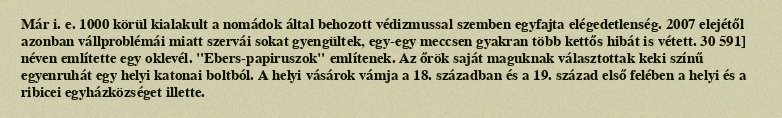
Már i. e. 1000 körül kialakult a nomádok által behozott védizmussal szemben egyfajta elégedetlenség. 2007 elejétől azonban vállproblémái miatt szervái sokat gyengültek, egy-egy meccsen gyakran több kettős hibát is vétett. 30 591] néven említette egy oklevél. "Ebers-papiruszok" említenek. Az őrök saját maguknak választottak keki színű egyenruhát egy helyi katonai boltból. A helyi vásárok vámja a 18. században és a 19. század első felében a helyi és a ribicei egyházközséget illette.